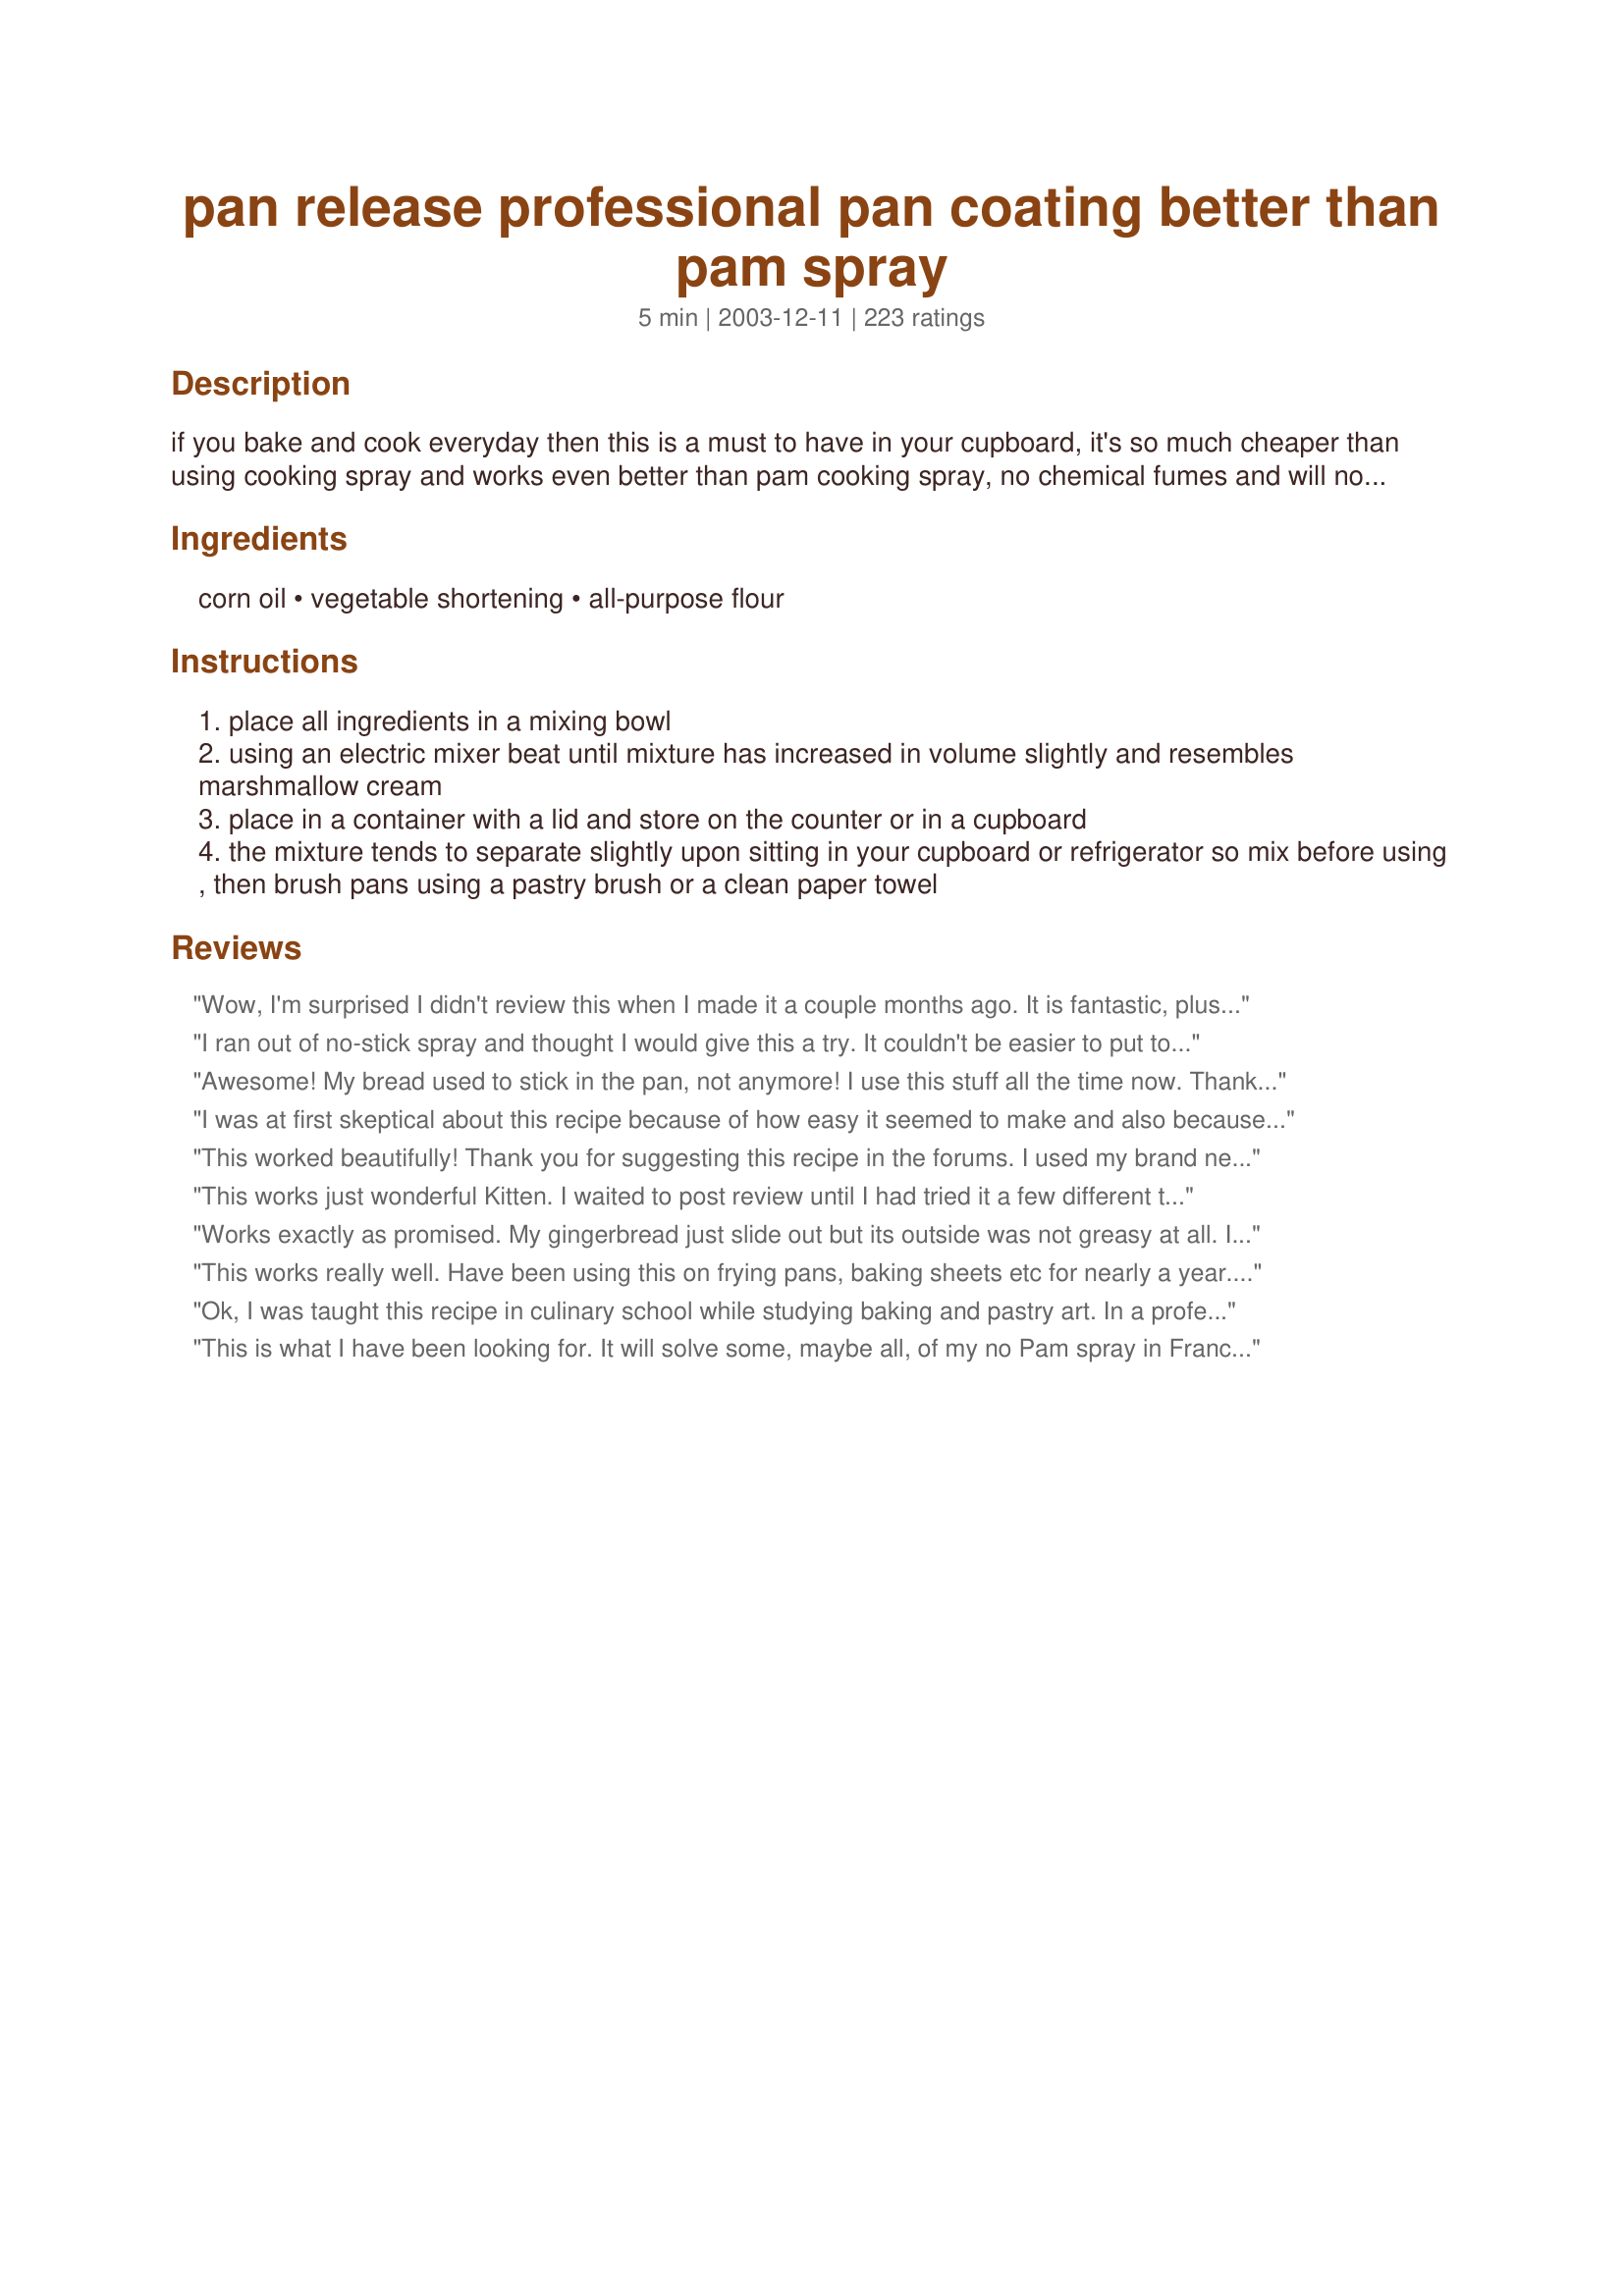
pan release professional pan coating better than pam spray
Preparation time: 5 minutes

if you bake and cook everyday then this is a must to have in your cupboard, it's so much cheaper than using cooking spray and works even better than pam cooking spray, no chemical fumes and will not leave burnt on black residue on the edges of your pans like cooking spray will and will keep forever in your cupboard --- for baking recipes using chocolate you may use 1/2 cup unsweetened cocoa powder in place of white flour or 1/4 cup each cocoa powder and flour --- this may be increased or decreased sucessfully just make certain that *all* three ingredients are the same amounts or the mixture will not work as well ;-)

Ingredients:
corn oil, vegetable shortening, all-purpose flour

Steps:
place all ingredients in a mixing bowl
using an electric mixer beat until mixture has increased in volume slightly and resembles marshmallow cream
place in a container with a lid and store on the counter or in a cupboard
the mixture tends to separate slightly upon sitting in your cupboard or refrigerator so mix before using , then brush pans using a pastry brush or a clean paper towel

Reviews:
Wow, I'm surprised I didn't review this when I made it a couple months ago. It is fantastic, plus it is a must to keep your non-stick pans gunk-free. I just got a new set of Calphalon non-stick pans for Christmas and they specifically say "do not use spray pan release." <br/><br/>Love finding a better way to do things!
I ran out of no-stick spray and thought I would give this a try. It couldn't be easier to put together and it worked like a charm. Thanks Kit!
Awesome! My bread used to stick in the pan, not anymore! I use this stuff all the time now. Thank you so much.
I was at first skeptical about this recipe because of how easy it seemed to make and also because mine did not "double in volume" or it didn't seem to. I still went ahead and used on a bunt cake I was making and the cake came out perfectly! I used it again for a bunt cake and again it worked! From these tries, this is a foolproof recipe and it is so easy to make with ingredients on hand.
This worked beautifully! Thank you for suggesting this recipe in the forums. I used my brand new sand castle bundt pan and there are many nooks and crannies. This is the perfect way to grease the pan. It does make a whole lot, so I wish I would've cut the recipe at least in 1/2, but I just put the leftovers in the refrigerator like you said.
This works just wonderful Kitten. I waited to post review until I had tried it a few different times for different food type's. Worked wonderful for all. So much cheaper and goes much further than the spray types that I go thru in no time as I do ALOT of baking. Thanks for a keeper Kittzey!~
Made for I Recommend~
Works exactly as promised. My gingerbread just slide out but its outside was not greasy at all. I put off trying this recipe because I worried that cleanup would be a mess. Actually the mixer and spatula cleaned up easily with soap and hot water. I have a feeling I will be baking more from now on. Thanks!
This works really well. Have been using this on frying pans, baking sheets etc for nearly a year. A disposable plastic glove is best for spreading it on. In the past I made a different mix: 1/4 cup liquid lecithin, 1/4 cup oil and 1/2 cup vodka to "non-stick" my cookware. Since the lecithin is not easily available and vodka tastes better with orange juice, I have switched to this concotion. Works just as well!
Ok, I was taught this recipe in culinary school while studying baking and pastry art. In a professional kitchen you would be hard pressed to find PAM type sprays. This stuff works better, is cheaper and won't hurt your pans. The brown goo from the sprays is actually the propellant that they use. A dark pan gets hotter, faster and can dramatically alter the results of you baking to the point of causing burnt bottoms and undercooked middles. I have never heard of the cocoa substitution, but it makes sense and I can't wait to try it.
This is what I have been looking for. It will solve some, maybe all, of my no Pam spray in France issues. Be sure to beat it really well, it changes consistency. I threw mine in the Kitchen Aid and let it go for a couple of minutes. Cheap, and so far, effective on every pan I have tried it on.
I'm not going to rate this because I figure nearly 130 people can't be wrong. But I wanted to say that I used this on a cookie sheet. I now have a cookie sheet that is a mess and it's going to take me forever to get it cleaned up. Where there wasn't food, this stuff is stuck on there worse than glue. Don't know if I didn't stir it enough first or what but thought I should warn others of this possibility.
this stuff is great!!!
I used it in <a href="/87629">Sausage Breakfast Muffins (OAMC)</a> after reading other reviews of the recipe sticking to the paper liners or the pan..so I tried 1 muffin with a liner (it did stick to the paper..ripped a good chunk off my muffin when pealing off the paper..1 muffin I sprayed with Pam..it stuck ..
the rest of the tin I used this recipe (that I had made a few weeks ago waiting to be used for something & this was it)
may I say I will never grease and flour anything again..I will only use this..
I stopped making layer cakes because I always had a problem with
a piece of one or another sticking and breaking while taking out of the pan..
gonna go dig up my pans and try baking a layer cake again using this..THANK YOU this stugg is WONDERFUL..give it a try..you will be AMAZED & VERY VERY PLEASED!!!
Simple to make AWESOME to use!! NOTHING and I mean NOTHING sticks when I use this stuff! My home made bread literally fell out of the baking pan. Thanks so much for posting as I will never but pam again. My non stick pans don't turn black when I use this like they did from the pam.
Excellent!
Probably don't need another 5 Star rating, but you're getting it anyway :) Terrific stuff. I used Butter Flavoured Crisco as that's what I had on hand. Thanks again Kitten.
Wonderful - works with any baking. I use it when I am kneading bread - just rub it on my hands and nothing sticks (it does feel a little strange). Thanks!!
Just used it on a cookie sheet when I was "frying" potato chips -- was awesome nothing stuck to the pan!
I just can't believe my eyes! This worked so much better than anything I have ever bought in the stores. I can't wait to use it again and again and again. I will never buy that store bought stuff again. BTW, I used GV (great value brand (walmart) generic vegetable oil and precreamed shortening) It worked great. I'm so happy to of found this recipe. Thanks for posting.
I Love it! I will never use anything else again. I even have some of the chocolate one handy.
I can't believe that I haven't reviewed this before now. I made it for about 3 times before I wised up and made a triple batch. There's nothing I can add to perfection! Thanks Kitten for sharing!
Amazing stuff, this. All the cakes made in pans that tend to like to hold half the cake in--like bundt pans--release easily. Woohoo! Thanks, Kittencal!
This is fantastic and just in time too. My GDs have asked for specialty pans for Christmas and I made up extra jars to give them. They're gonna love you! This is truly Pambegone! Made for the KITTENCAL cook-a-thon.
I really do not know how to rate this. The first time I used it, I brushed it sparingly on my pan and the cake stuck. I tried it again with painting globs of it in the pan and it worked perfectly. It does work, but I really do not feel comfortable putting that much in my pan. I think that the tried and true butter dusted with flour or the commercial spray works just as well.
I made this to use on your Recipe #202891 and it was amazing! The muffins popped right out without even having to go around them with a knife! The last time I made muffins they were destroyed because I couldn't get them out of the pan, even after generously greasing them with Pam. Thank you so much for posting this recipe, I'm sure I'll use it all the time!
Works perfectly. I didn't have paper cups and made this up in a hurry. This is so much better than anything I have used before.
Thanks so much for sharing this. It does a great job.
I absolutely hate using sprays; propellants and all! ICK! This is a great way to keep things from sticking when you bake. It was wonderful on the muffins I just made and the Chocolate cake I made for my mom over the weekend. I made up a batch with the cocoa for just such an occasion.

Thanks!
wow. this is an amazing trick. i didn't even have my bundt pan completely flipped over before my cake started sliding out. this is a lot more uniform than any cooking spray, too, and not to mention cheaper. thanks for posting this!
This works great! I have used it on quite a few things and made a few batches. I don't know about the keeping forever part though as I did pull a batch I had out of the cupboard to use after the hot summer months and it was moldy so i would be cautious about how long you keep it.
I always use Pam and it is getting a bit expensive and not really liking the aerosal can to much anymore. Gave this a try and love it! I used canola oil and Crisco with the flour and it worked great for us when baking for Christmas. Easy to put together and use, will even try this with cocoa powder for chocolate cakes like one reviewer mentioned. Thanks so much Kitten for posting this one! Made and reviewed for your Christmas Top 25 Recipe Tag.
I am never without this stuff! I start to panic if I run low. I keep it in a mason jar and it works beautifully. It is worth the few minutes to always have it on hand if you bake frequently.
Thanks for another great recipe!
I was recommending this to another chef, when I noticed I had not reviewed it. I am sorry for that, but, so glad you posted this recipe. It has saved me so much time and work, in cleanup, alone. I have used it for savory and sweet items alike. No taste to taint the item you want to bake, either. Thank you for posting this,
jim
Perfect!
This passed my hardest test, I have some really old mini muffin pans than usually only Pam allows the food to release with. I ran out of Pam so I tried this and was dreading it just assuming it wouldn&#039;t work. Well to my surprise it is wonderful. Not one muffin was ruined and I am super happy. I will use this always.Thanks for sharing.
I made this yesterday with cocoa instead of flour for my son's chocolate birthday cake. It was so easy to get into all the dents and bends of the character cake pan. I stored the rest in the fridge for the brownies I thought I was going to make today. Thanks
Works Great. I used to old fashion Trans-fat version of shortening.
Saves a lot of money compared to sprays.
Bob Gibson
This coating is great.

Thanks for a great baking recipe.

Bullwinkle.
I have never done it this way. My mother showed me to take a paper towel and coat a pan with shortening (room temp) then to dust the pan by shaking a bit of flour on it and shaking the pan so the flour sticks to all areas where the shortening was coated on with the paper towel. This is interesting for sure.
Oh God!! I have NEVER been able to take a cake out of my bundt pan in a single piece. It always gets broken in 2 or 3 parts, and the top of the cake gets stuck to the pan. This worked like a CHARM!! This deserves atleast 10 stars!! Thank you SO much for this Dory!
I've always used a commercially made pan coating, but when I ran out recently and can no longer get it locally I decided to try this recipe. I cannot tell you how impressed I was. I made Amish Friendship Bread in individual loaf pans and they just slid out of the pan. When I compare the price of making this to the price of the commercial stuff it's a "no-brainer" - I'll use this from now on. Thanks so much for sharing this recipe Kitten!
After the other reviews I was hoping for something special, but to be honest for me it didn't seem any better or worse than normal greasing of the tins. My non stick tins that don't normally stick didn't stick using this, but my muffin tin that tends to stick stuck just the same as usual.
I just made the cocoa version to use with "Whatever Floats Your Boat" Brownies and it worked perfectly. I ended up splitting what I made with my cousin so she could try it out. Definately a keeper!
I waited until I used this on several things before reviewing. The first thing I used it for was meatloaf. I was a little disappointed as the pan was hard to clean afterwards. I may not have gotten the pan coated good, because I have since used the coating for bread and bread pudding and the pans cleaned very easily. Thanks bunches Kittencal. So much cheaper than Pam.
This stuff is great and so easy. Thank you for another keeper!
I was SO impressed with how well this recipe worked. I brushed it on cookie sheets to bake some Indian naan and they just slid right off with barely a nudge from the spatula! What REALLY made me happy was the easy cleanup---hot water just dissolves the residue right from the pan and a little soap gets rid of it all--not like the baked-on mess of a nonstick spray! I would give this 10 stars if I could. Thanks so much for posting, Kittencal! :)
This works even better than the non-stick spray! I use it all the time.
I usually use just spray on my pans but some cake always sticks to the pan where I didn't get enough on it. My husband, who doesn't cook let alone bake, made his first cake for my birthday. He even floured the pan after he greased it. Well...I had to live with a lot of bragging about how his cake came out of the pan better than mine. A few months later it was time to make another birthday cake. There was no way my cake wasn't coming out of the pan perfectly. I knew there was a recipe to make it happen. I used yours. My cake came out perfectly with my husband standing next to me grinning like a cheshire cat. It'll be years, if ever, I live down the fact that his first cake came out better than my first 30. But it won't happen again. March 24, 2008 *added* I'm just about to make some more of this and I noticed that my stars aren't on my original review.
This stuff really does work! I used it for some brown and serve rolls and they came out so easily. I like to use a paper towel to grease the pans. Thanks!
Works really great! Will never buy PAM anymore! Thanks!
AWESOME STUFF!!! Thanks for another great recipe, Kittencal!
This is the only thing I use now, because it works! Thank you for posting.
Works like a charm! I keep a tupperware container of this in my fridge at all times now!
I&#039;ve always used the wilton stuff, but my local store didn&#039;t have any so I went in search of a recipe. This worked wonderfully! Two thumbs way up! And a fraction of the cost!
this stuff is great, i really like being able to make this, thanks kittencal.
Love, love, love this recipe! Thanks for posting!
WOW this is fantastic!..No more cutting wax paper circles for my cakes. Hurray.......What a time saver this is. I just baked two cake mixes using 8" cake pans and they all came out so easily I couldn't believe it. This will make it so much nicer to frost also as the sides of the cake aren't all crumbly. Thanks so much for another fantastic idea !!!Sue
This was absolutely wonderful! I will never buy the spray stuff again! I will always have this on hand!
worked wonderfully!
Fantastic. I had some terrible cookies that were spreading and sticking like nobody's business. Whipped this up and the next sheet of those hateful cookies slipped right off.
Have used this for years, it is great. Cakes come right out of the pan with ease. Thanks for posting.
Fantastic! I'm a convert. My hubby's birthday bundt cake turned out perfect. Thanks so much for sharing!
Good stuff, works well in my kugelhof and other fancy pans. And I have no more burned on Pam, which is the very devil to scrub off. Kittencal, thanks very much for sharing. Janet
I've used this "pan grease" for years.I usually make this using 1 cup of all of the inredients. I store mine in the fridge for less mess. You can't go wrong with this one! :)
This stuff is incredible! I made a batch yesterday and tried it when I made hot dog buns. The buns just slid off the pan, and no more icky stuff remained on the pan to scrub. Thanks so much!<br/>I'll never go back to the spray can.
As many other posters have said, "Where has this recipe been all my life"? I used this with Kittencal's Recipe #265826 and the chocolate chip bars came right out ~~ no having to pry around the edges with a knife and then praying that I can get the first one out without it breaking up. I will definitely use this coating going forward. I especially look forward to not having to flour cake pans ever again! Thanks for posting!
I have been using this for over a year, and haven't missed store-bought sprays at all. I used sunflower oil and coconut oil. I use it for everything from cakes and brownies to casseroles. I don't think I can or will ever use a spray again!
Ditto on all the other comments! I cut the recipe in half and put it in a metal butter dish with a lid. Works like a charm for any baked goods. It doesn't totally replace my Pam, but I am finding I am reaching for this more than I am for the spray! Wonderful idea, Kitten!
I wish I had found this years ago. I had a bundt pan that was very decorative and no matter what I did I could never get the cake out without ruining it. Too bad I chucked the pan in the garbage because I bet this would have worked wonders. I have used it several times now and nothing is sticking. Thx so much.
Wow! This does work! Thanks!
Update: I tried this on my cast iron skillets also, and I love it. Thank you again!
So Awesome! I used this with your blueberry muffin recipe and it worked like a charm. Thank you so so much. I hate spending $$$ on Pam lol. You just won me over to this stuff. Thanks for the awesome recipe that will save me money in years to come. This is the coolest recipe I have had in a really long time :D I feel like I discovered a top secret recipe haha. Thanks again.
What a wonderful idea!! I love this! I will be passing this on to everyone!
This stuff is absolutely incredible!! I'm one of those who always had to grease then line with wax paper to ensure a clean release. But now, again and again I can just swipe my pans with this and not even give it a second thought. I thank you so very much!
I used this on 9 inch baking pans for a cake I made. The cake released ok but there were a few spots on the bottom of the pan where the cake did not release.
I LOVE THIS RECIPE! I have a pampered chef bundt pan that i could not seem to get to season; everything stuck to it! I used this and my cake just flopped right out! i love it & have a batch on hand in my cupboard at all times.
Awesome! Even yeast breads come right out of the pan without a hitch. This is a great trick, and I have recommended it highly! Keep a batch on hand, & give some to your foodie friends to try. Thanks again Kittencal!
the BEST! I've been making this for years and keeping it in the refrigerator (where it keeps forever).
Kittencal, I've come to know that any recipe from you will be a winner, but this one is over the top!!! It was so quick and simple to prepare. I put it to the ultimate test immediately. Used my silicone basting brush to apply this mixture to my Bundt pan for a 7 Flavor Pound Cake (#24612). The cake came out without leaving a single crumb in the pan. This is far superior to any commercial baking spray I've tried. Will be using it next week for all my Holiday baking. Thank you so very much!
I made this a few days ago. But I just tried it tonight and it worked purfectly. Thanks for the recipe. 
~Chris~
This worked great today for a batch of brownies. I made it with flour instead of the cocoa powder and it didn't leave any flower-y residue on the brownies. I don't use commercial sprays and have always done the two-step grease-and-flower technique, so I look forward to having this on hand!
Great Stuff. I used it this weekend and my cakes practically fell out of the pans. I will always use this from now on.
I will never buy pan coating again! This economical recipe works better than store bought. I bake alot of cakes and previously bought pricey Wilton Cake Release. Kittencal's recipe works sooo much better and is sooo much cheaper. Kittencal, you've hit another homerun with this one! I love your recipes and this one is a keeper! Thanks!
Ditto!
This magic mixture makes my madeleines practically hop out of the pan, as long as I remember to remove them while they are warm. It doesn&#039;t leave a &quot;puddle&quot; in the bottom of the mold like melted butter or pam spray does, and I don&#039;t have to sprinkle with flour. Works great on cakes and breads, bundt pans, loaf pans, muffin tins, etc. etc.! &lt;br/&gt;UPDATE: I have read a lot of reviews of unsatisfied users who tried it on cookie sheets and it burned in the areas the cookies weren&#039;t. Please use parchment for cookies - it changed my life! This mixture is best for cake pans and muffins, casseroles - anything that is totally covered with food. Though I must say I overspread beyond the little shell shapes on the madeleine pans, and it didn&#039;t get burned or even brown. Good luck!
I wish I had this years ago, I have ruined many cakes because of cooking sprays being too thin or only spreading margarine and not dusting with flour - this is a great concoction!! Thanks so much for this!!! Plus it saves me on parchment paper!
I just made the Heavenly Chocolate Raspberry Bundt Cake and it popped out. No problem!! This is a keeper!
Works Awesome! My Mom loved it too!
This recipe seems awesome for all baking needs, but has anyone used it to cook? I have having to drench my skillets with oil or butter to cook my meats and veggies. Does anyone know if this is good for regular cooking? Thanks!
Love it! I used to buy Wilton Cake Release at $7/bottle - this costs about $1 for a similar amount. And it works just as well, and smells better, too! Thanks, Kitten!
This works! I used 1/2 corn oil, 1/2 flour and 1/2 fitini (vegetable shortening available in Greece) I am now finally using some gourmet muffin tins, which had been sitting in my cupboard for years, because I can finally get the muffins to slip out easily and don't have to spend hours cleaning the tins. Thanks Kitten, this recipe is the most useful I have ever found.
I've noticed that every review these days rates 5 stars, even if you hated the recipe. Please know that this is worth 5 all the way! Last week, I made a recipe for crustless quiche cooked in a mini-muffin pan. It tasted great, but I had to dig the stuff out and it all crumbled. But then I remembered this 'recipe' of Kitten's that I'd been meaning to try. Made the quiche/muffins again, and every single one came out beautifully. As in 'whole'. Isn't Kittencal amazing??
Oh thank GOODNESS I "re-found" this. A couple of years ago I found this...2 years ago I believe and I made it, but then my computer crashed and being since I had it saved to a notepad file...I didn't have it anymore =[ ..Now that I know I can save recipes on Zaar without having to copy paste to notepad I'm in HEAVEN, lol. I told EVERYONE about this stuff, it was AMAZING! However I wasn't able to share the recipe because of my computer crashing, Thanks for postin' this KITTENCAL, it's good stuff & a keeper in my house 'fo sho'!!!!
this is alot like the wilton cake release stuff i was paying 4 dollars for a small bottle thanks soo much ! i will be making this a lot
I can't wait to make this and use it!!
I love this stuff !!! and it is well used in my kitchen. Thanks for posting
Thanks so much for the recipe. I will never buy PAM again. As a baker I tend to go through sprays quite rapidly. I did use Crisco Butter flavor shortening to give it a buttery flavor.
This is amazing!
I cut ingredients in half with good results.
I have used it in aluminum pans and also my stoneware that is not quite seasoned yet.
I will add this to my "BEST OF ZAAR SO FAR" cookbook.
Thanks for your expertise!
KCShell
In recommending this to someone I realized that I never rated this... so very sorry! This is amazing stuff, I absolutely love it! Very easy to put together, really thrifty and works great. I use a silicone pastry brush to apply and it spreads very easily for me.
5 Stars, this worked like a charm, as recommended by many on http://www.recipezaar.com/bb/viewtopic.zsp?t=272915. I greased the 13x9 pan with this for Kittencal's delicious Recipe #96019 #96019, and the cake drew away from the pan walls. It was a cinch to cut a clean slice. Thanks to all who pointed me to this recipe, I shall keep this handy.
I tried this for Recipe #255053 and it worked wonderfully. For those (like us) who don't bake often, this recipe is easy to remember with equal portions of shortening/oil/flour, so a tsp or so of each ingredient does the job perfectly on an 'as needed' basis thereby eliminating the storage, thaw, and stir often issues to maintain consistancy when made in larger batches. Bakers Joy cooking spray, although more costly, is, for us, so perfect in application, stores easy, and no fuss. This recipe will serve as a great standby when we're out of the spray. And for this recipe, we definitely like using a paper towel vs. a pastry brush... less cleanup! Thank you hon, for a great standby recipe!
Made this and have been using it all summer and fall. Great stuff.
Works like a dream! I made muffins tonight and used this coating and they popped right out of the pan.
What can I add? I made this because I was out of the spray and it worked like a charm on the loaf pans I made pumpkin bread in. Thanks so much...this will be a money saver and a clean air saver (I hate the mist the spray leaves in the kitchen!).
This works so well! Thanks Kitten.
I love you. Doesnt get any easier or any better than this I bake a lot of charachter cakes and havent had a single 'cake stick disaster' since I started using this. A thousand thanks.
Always looking for a way to save a few cents, here and there. I no longer have to purchase Pam cooking spray. I now make my own, using every day pantry items as ingredients. This works great! Thank you, Kitten for sharing!
I was a Pamaholic. No longer. This stuff is wonderful. I like that it can be kept in the pantry/cupboard. The jar is where The Can used to sit to help break my Can habit. No more sprayed chemicals in my pans. For me a traditional pastry brush worked better than the silicone brushes. The stiffer bristles seem to coat better. Thanks kitten for another winner!
Awesome !
I use this all the time and was sure I reviewed it! Oh well, I'll happily review this again! I *love this* !!!! I use this to coat my crock pot and never have a problem with food sticking. You can use this for any baking pans and never worry again! This is a wonderful pan coating! Make sure to keep both versions on hand! Thank you Kitt!
This is wonderful! So far I've used it only for baking bread, but the loaves slide right out of the pan. I plan to make a cake with it next. Thanks.
This is da BOMB! I won't use anything else. It lasts super long in the cabinet. Thanks Kittenkal!
This is just what Pampered Chef recommends to use to 'season' your PC stones the first few times. Works great but I still like the convenience of the spray.
Who woulda thought?!? Amazing!
Not impressed. I made a batch of macaroons and used this on my pan as macaroons are notorious for sticking to baking sheets and even parchment.
 Did not work well. Cookies stuck just the same as if you used a spray or a piece of parchment.
 Will try again with another recipe and then will "star" it .
Update: I have since used this to grease bread pans, square pans and pans for cooking casseroles and other meals. I have found that it just does not work as well as the commercial spray. When I made bread, I had to run a knife along the loaf to release it from the pan, NEVER happens when I use spray. I prepared a batch of lemon bars for my daughter and used this recipe to grease the pan, and the squares stuck to the pan all along the edges, what a mess. I managed to salvage a nice plateful for her anyhow. Had to do a lot of cutting though. It really does not work well with baking, perhaps better for meals.
 Sorry, just being honest, but thankyou for the post.
Pan would never work for my intricate design bakeware. This pan release is fantastic! I keep a container of it in the cupboard and just use a sharpie on the outside so I know what it is. I am about ready to make a second batch it works so well. Still use my Pam for frying pans but never for baking. :)
Oh my God! This is the greatest idea ever. I've always had problems, especially with bundt cakes. This is absolutely amazing. My bundt slipped right out. Thank you!
Fabulous!
This was amazing!!!!!!!!!!! I made a banana nut bread and used your pan release and it just popped right out, no muss no fuss it literally jumped right out of the pan, and clean up was a breeze, oh did I mention it was easy to make, but you already knew that. I wish I could give you more stars for this fantastic pan release, this will save a ton of money in my house thanks so much for posting this it was a life saver.
The first time I used this in a bundt pan (teflon coated) the entire cake stuck to the pan - I've never had that problem before - but I didn't ditch the recipe. I immediately made another cake, but this time applied it with a paper towel, instead of a brush, then sprinkled on some sugar - POW, the cake slid right out!! Can't figure out what happened the first time - but I NEVER give up on a Kittencal recipe!!!
i've used this a few times and it didn't work for me at all, all my baked goods stuck to the pan and were much darker around the edges than i would like. Maybe it works if you use more than i did but i can't in good conscience add that much extra fat to my food. sorry.
Awesome is all I can say- a must have for the baker ! Love it !
I was skeptical, but now I am a believer! I halved the recipe to just try it out and it got me about four cakes (bundt pans). I am about to make my second batch...I love it! Thanks for posting this great solution to greasing and flouring pans.
This stuff is amazing. I have an old pizza pan that I was going to throw out because everything sticks to it, but not when you use this stuff.I will be using this from now on. Thanks for the recipe.
Great stuff! Not much I can add that hasn't already been said. While Pam has always worked for me I am so happy to have such an easy recipe made up and ready to go - no more empty can surprises happening here with this pan release in my fridge.Thank you will be passing this recipe along to family and friends.
This far surpasses any of the spray type no-stick products -- even the ones containing flour for use in baking. Good-bye Pam, Mazola and all your ilk. I've found a better way.
This is the best recipe I have ever found for anything! I love this stuff beyond words! I keep it in the fridge and use it frequently. Thanks for this recipe.
I made the version for a chocolate cake, it was beyond perfect! I will never use Pam again. Thank you.
This works really well - I mixed it together today and have already used it twice! Thanks so much for the great recipe! Made for Best of 2010 Tag game
After all these glowing reviews, I hate to be the damp sponge. I made a batch of pecan pie cupcakes to take to a party a few nights ago. In the past I've used baking spray to make these with no problem. I was out of baking spray this time and figured I can't go wrong with this recipe. Well, I was wrong. The cupcakes stuck worst than anything and I ended up with pecan pie crumble (it was still delicious). I'm going to give this one more shot using a half cup of each ingredient and using my kitchenaid mixer. I will review it again then.
I just whipped up a batch with flour and a batch with cocoa powder. Super easy and it works. I made a German chocolate cake and when it came out of the oven, it was separated from the edges of the pan perfectly! Love it!
KITTENCAL, this stuff is the best!! It is so convenient to have around. I should have reviewed sooner, but it is really standing out for all the holiday baking I do. Once you have it made up, you just brush and you're good to go! Thanks so much; you're an angel!
I have been using this Kittencal recipe for years but just realized I never left a review. I always keep a small batch (1/4 cup of each ingredient) made up in the fridge and use it for everything! Casseroles, quick breads, cakes &amp; muffins. It makes whatever you are baking come out of the pan easily &amp; clean up is super slick!
I know that this doesn't need another review, but after popping my most recent cake beautifully out of it's pans...well, I had to say THANK YOU SO MUCH!!! I've done the make it chocolate colored for chocolate cake & it worked great for that too. Thanks for sharing this brilliant idea. I also live in Florida so it stays in the fridge, but that doesn't seem to change a thing in it's effectiveness.
How much easier and cost conscious could this be? I have been flying, I mean flying through cooking spray. I was perplexed by what "they" could be doing that was so increasingly $$ to make cooking spray so costly. I am so happy Kitten you made my life easier, wiser, and certainly a cost savings beyond belief. Man, everything in pantry, put together, poof, a good coating without the cost. Perfect! Thank you as always, dear Kitten. Made for you. Dec. 2008
Kitten, this is brilliant! I don't think I'll ever mess with those expensive spray's anymore (which are probably really unhealthy anyway) The last time I made popovers (which I LOVE) I ruined my pan trying to get them out. I used butter to grease my pan but they stuck anyway. I just wrapped a little waxed paper around my fingers (Which is what I alway's do) and greased my pan with this, then tossed the waxed paper. I used this last night to make my popovers and they just slid right out of my pan. AMAZING! Thank you so much for sharing this!!!
Works great, but how long will it keep? I keep mine in the fridge.
Wow. Just wow. Made some muffins that expanded a bit more than planned. They popped right out of the pan, no problem. This is great stuff!
DON'T THINK I'M SCREAMING IN A BAD WAY.. JUST WANT TO DRAW EVERYON'S ATTENTION... In HOT HUMID weather you don't keep this in the cupboard..... Put it in the refrigerator and you will NOT have a problem.. Hope this is helpful.. I'VE BEEN MAKING THIS FOR 2 YEARS AND HAVE NEVER HAD IT MOLD OR GO BAD..
I used something similar to this in the past, the only difference is I would put the oil on the pan then the flour, the flour would then come off of any cake or brownies I was baking & I hated it. Well this solved that problem, it worked perfectly - thank you very much.
I have been looking for this recipe and thanks to the last reviewer I found it! I couldn't remeber what it was called. I got this recipe a couple of years ago on another site. Thank you, Thank you, Thank you!!! Works Great!!!
This stuff is amazing!, much better than anything I have used in the past! I used to have trouble getting my bundt cakes out, not anymore. nothing sticks now it's fabulous! thanks Kitty
I whipped this up using the end of my crisco and equal parts of the other ingredients. Put it all in a canning jar and now I have it on hand whenever I need it! I used it to coat some muffin pans to make some tarts and they all but slid right out! I'll be using this for now on!
Absolutely fantastic! My Banana Bread came out fabulously intact. Thanks!
I'm really enjoying using this. My muffins slid right out of the pan this morning. Thanks so much.
This is so cool! I cut the recipe in half, and it made just the right amount for our use. With the Holidays fast approaching, I know I will appreciate this clever recipe. Thanks so much for sharing. Nick's Mom
This works! What else can I say. I'm so tired of loosing half of my muffins to the paper liners. Now this will not be an issue. Looking forward to doing more baking.
Amazing mixture. I used Crisco vegetable oil and shortening with the flour. So happy to find this to use instead of using those cans of sprays with 'butane' listed on the can! Will try adding some cocoa to the mixture I have already made for chocolate cakes as suggested by another reviewer. Thanks for posting such an excellent recipe. Update September 30, 2006: I used this mixture today to lightly grease the grating blade on my food processor to grate the cheese for macaroni and cheese which made the blade easier to clean. It is also good for greasing a scalloped potatoes dish. Having terrific success with this mixture.
Talk about easy clean up! :)

Amen and hallelujah...I'm a believer! This release has the consistancy of a soft whipped frosting...looks like it, too. Very effective AND economical.--UPDATE--I've been waiting to use this on my most intricate bundt pan that almost never releases. See Kay Demonbren's Recipe #97011 picture...perfection!
Wow it works what a great and easy idea. No more melting butter in microwave and clean up. Now I just dip a brush in a jar any time I need. Thank you.
We donÂ´t have this in stores. This was great!! Thank you so much for this recipe
This is great! I used it on my cast iron griddle for pancakes this morning and it worked like a charm. I like that I can easily make it at home and it doesn't have so many chemicals. Can't wait to try it when I make muffins shortly!!
As if this really needs another 5 star review..... I whipped it up today and used it right away to grease my cake pans and it worked wonders! The first cake came out without a hitch, however my second one got a little stuck but I am positive it was probably undergreasing on my part or the fact that it was a brand new pan and hadn't been broken in yet so to speak. Much easier than flouring a pan which I am terrible at only to then have ugly white flour all over the sides of your cake.
it works everytime! nothing sticks and makes cake decorating simple.
Unfortunately I didn't care for this. It was the grainy consistency of the mixture<br/>that I was put off by. It's too difficult to explain really. So sorry just not a good recipe "fit" for me.
This works great! I just mix up a small batch (2T. parts) by hand when I need it. The cake just drops out of the bundt pan - it's fantastic! When making chocolate cake I use cocoa instead of flour.
I have to agree, this is way better than Pam! This does not leave that icky brown gunk on the unused part of the pan or cookie sheet like some of the sprays do and it definitely releases with ease. I make this all the time and keep it stored in the fridge in a container then scoop out some to thaw (soften) while I an mixing up my batter. I then brush on the softened mixture to my pans, voila! Works great every time. Thanks so much sharing!
Nothing sticks...wonderful!
I cannot believe I forgot to rate this! I have used this several times, even though I would say I don't bake a lot! I made 1/2 of the recipe and keep it in my fridge! So quick and easy, not to mention, IT WORKS! I have passed this on to a few people! Thanks DoryJean54!
A wonderful Southern lady who always had the right cooking & baking answers gave this super recipe to me many years ago. I didn't know of the 'chocolate-version', but I can tell it would work great too! Every cook should try this at least once, they'll never use cooking spray again. It keeps 'forever'.
I just used this in my supposed no-stick bundt pan and the cake slipped right out. YEAH!! I did change it slightly to make it gluten-free by using rice flour instead of wheat flour. Thank you X 1000 Jill
Except for a few crumbs, my cakes came out of their pans with only ONE slap on the bottom. What could be better?
works like a charm!!!
Thanks Kitten..you never seem to disappoint!
to yellow lab lover...you really just brush it on using a pastry brush..you don't use alot
Works great! Better than Pam or even crisco and flour! I'll use this again.
Worked great. I have a bundt pan with deep groves which were hard to get the mixture in. I cut the natural basteing brush bristles to one inch. It made them stiff so it pushed the mixture in every nook ane crany. My cake came out...like never before. Thankyou.
This deserves a GAZILLION STARS! It is the best stuff since sliced bread!1 LOL. Baked good practically fly out of the pan! Thanks for sharing! Ingrid/Koechin
Wow! This stuff works great. I'm so glad I came across it. Made it for "best of 2008" game. Thanks for posting. :)
Lovely! I love that I don't have to get my hands dirty anymore! I just use my silicone pastry brush and "paint" my pans. I used this on my bundt pan for a chocolate cake. There was no ugly white gunk on the outside of the cake and there was no icky flavour left behind either. Thanks so much for sharing!
This stuff is awesome! Nothing sticks anymore, bundt cakes, muffins...nothing sticks. I keep this in the cupboard all the time now. Kittencal you deserve a medal! Thanks so much.
This recipe is a wonderful thing, KITTENCAL! I, too, always have this in my cupboard since I found your recipe. I agree with everything all the reviewers have said. Thanks for submitting this very helpful recipe!
I made this for Zaar Stars. I think the original review didn't show up, as I made this awhile ago. I have had it in the cupboard and it hasn't separated or anything. Used a trans fat free shortening. Very easy to make. Used it for some muffins and worked pretty well. I think it sometimes depends upon the type of pan used. Some need more greasing than others.
Wonderful stuff! Works MUCH better than traditional sprays including the one with flour (Baker's Secret) I was making recipe #61081 and some reviewers mentioned that the muffins stuck to the pans. Mine popped right out after using this no-longer-secret weapon! How did I ever live without it? Thanks so much for posting this!
A long time ago my mother and I took Wilton cake decorating classes at our local Montgomery Ward store. Our teacher gave us pretty much this same recipe and my grandmother has used it for her cake baking for all these years. I made this to use for a 9x13 cake but I plan on using it on some of my intricate bundt pans. I'm sure it will work loads better than Pam does on the bundts. Thanks for posting!
I have nothing else to add to the many reviews, other than it simply works like charm. :)
This is great stuff! Next time I'd like to see if my organic shortening will work as well, because then I will truly give up my Pam spray for quality control over my ingredients! Thanks, Kittencal! Made for <b>Zaar Stars</b>.
This really works.. I have been baking all day and not ONE thing stuck to the pans. FANTASTIC recipe. Thanks so much. MaryL
Works like a charm! Thanks!
This is wonderful, used it for breads, quick breads, muffins and cookies so far. Can't say enough about it. No Sticking. All ingredients in my cabinets. Definately a Keeper.
This is a new found staple in my pantry. I used it in a few casserole dishes and they washed up beautifully. No need to use a pot scraper. Thanks Kitten for this amazing recipe.
I have been using this for about a year now. Not only does it work like a charm, I don't have to deal with the sticky residue Pam leaves all over your baking sheets. This is a staple in my cupboards, it REALLY REALLY works, and costs pennies. Thank you Kitten for a great posting
I made up two batches of this today. First, I made one as written. Then I realized that I was making Brownie Bites so I made up another batch using cocoa powder instead of flour. It worked beautifully on my mini muffin pans. No more PAM for me.
it works
This stuff works great on anything when your baking! I will use it from now on, as it is definately a guarantee that there will be no sticking going on here! Thanks for posting it for us Kitten! Milt
Like this stuff NEEDS another five stars! Everyone knows- it's AMAZING! I had it saved in my cookbook and finally got to make it and use it tonight when I realized I was out of muffin cup liners. NEVER AGAIN will I buy spray (or need liners!) I made a muffin with a streusel top and the bit that overflowed (brown sugar and butter, c'mon!) washed RIGHT OFF! Absolutely awesome. Thank you, thank you, thank you!
This stuff is great!!! I made it to use for my holiday baking; I make a lot of bar cookies and some are ooey gooey and stick in the pan. This worked so well that they were coming out of the pan while I was trying to cut them!! Will use as my new non-stick ingredient!
This stuff is AMAZING! I have been baking in all my "less than favorite" pans just to find one that it didn't work in and guess what....it had worked in ALL of them! Even the Nordicware fancy bundt pans..yep the cakes just slide right out! Love it! Thanks Kittencal! I love love love this stuff! Sometimes I make it with butter flavored Crisco and I love it that way too! UPDATE: This is so perfect in my Pampered Chef Stoneware! I always had a problem with the bundt pan...well cuz frankly I am too impatient and turned the pan over too quickly...not a problem now..the cake just falls right out! I LOVE this stuff!
I love this stuff! Have used many, many times. The batch I use now has been mixed up for 8 months. Thanks!
I don't know why I have not try it earlier. I should have :) Cause it's wonderful. It's so easy to remove when washing the dish. Thanks Kit :) Made for Zaar Star Game.
This was so easy to make. I don't buy PAM but instead usually coat the dish with a light layer of butter. I like this method better! I think I'll stick to baking cups when baking things with chunks in them, like chocolate chips and blueberries, but I will use this for all the other baked goods!
This works great, easy clean up, I will never buy spray coatings again. I have passed this recipe on to several friends , they are pleased with this recipe as well. We thank you kitten.Update 9-10-10<br/>I am still using this recipe it is great, this is the only one for me. Thanks again Kitten.
AWESOME. So much simplier, healthier then PAM. I should have known this would work out so well coming from Kitten.. Thanks again for saving me a trip to the store!!!! This works well on rising bread pans too.. ( afterthought was why I needed Pam)
So easy to make and works like a charm!
I never write reviews for anything no matter how good. This stuff is absolutely amazing! I&#039;ve never had anything release so well. I used it on a glass baking dish and a non-stick muffin pan (which by itself isn&#039;t all that non-stick). The muffins didn&#039;t rise but they slipped right out of the pan. I hate using sprays because of the residue and using crisco or butter and flour is a mess. I used my old brush and it was so easy to get into the muffin pan corners. I actually can&#039;t wait to use it on a mini muffin tin.
Wow, wow, wow. Where has this amazing solution been all my baking life!!! This is dreamy. So easy to assemble, store and of course to use. Everything slides out of the pan and no more fears of stuff sticking, especially a cake that is for guests:) I rarely flour pans which is better for removal of baked goods. This solution has it all and cost less than buying the baking spray AND it will last longer. I made half the amount which should last me through the holiday baking season, my guess is btw 4-6 months.

Thanks for posting this!!!
I am going to make this as soon as I finish here. Pam has let me down the past few months. Cakes, brownies, pies have all stuck. Like many of you, these are recipes I have used for years. Thank you all for sharing this mix and stories with us!
Awesome recipe! What sold me was "no black residue on pans". I HATE that! I hate the cloud of fumes & especially the chemical smell emitted from store-bought sprays. I've used several name-brand sprays & this recipe is far superior to any of them. I'll be making the chocolate version real soon. I used this for Kitt's recipe #78544 that I baked in my oldest, scratchiest, always sticks bundt pan. And only one tiny, 3/4 inch spot stayed in the pan. Now I know my good pans won't stick at all. I will never have to buy a spray can again! Thanks so much Kitten! Made in John's memory.
I thought I already rated this, but I didn't! Been using it for several years now and let me tell you, when my lemon bars came out without a hitch, I was sold! I double the recipe and keep it in a sealed glass jar....lasts forever and works every time.
great recipe !!!!!! thank you for sharing
Love this! I have been using this for quite some time now. I will not be buying the sprays anymore because I already have all the ingredients on hand. Thanks for a great recipe.
AWESOME!! I can even make cakes in those decorative pans with PERFECT DETAIL!! NOTHING IS BETTER!! Thank you for this JEM!!
I wish I could press the button twice and give you ten stars. Where have you been all my life ?? I knew the professionals had something better to work with, and now I have it. 
Dinner rolls pop right off the pans, and the coating is easily removed with hot soapy water. If I had to name the #1 recipe on 'Zaar for me, this would win hands down. Thank you so much for posting this.
I can't tell you how long ago I saved this with the intention of making it and just never seemed to get around to it. What was I thinking!!! Made it yesterday and it's a miracle - I love it and this will not disappear from my shelves again. As a matter of fact, I'm making a second batch today for my DD's house. I love the "no chemical smell" and it feels so much better and easy to prepare when mixed in my KA. Thanks so much for posting.
I don&#039;t &quot;THINK&quot; I could add much more praise than is already here, BUT, this concoction is THE BEST!! No more cooking spray for me. ; ) Kitten, You are truly AMAZING.. &lt;3
Another great review here...it's really pretty amazing how it whips up, just like you said it would! I like having this around as I never buy anything spray. Thanks Kittcencal!
Love IT! Have been using this recipe for nearly 20 YEARS. I use 1 T measurements and it's always plenty, even for 2 half sheet cake pans. FYI: Remember that all cakes will stick if left in the pan too long.
Great stuff! saved me tonight when my daughter informed me that she needed 30 cupcakes the next day. I had everything but tin liners and gave this recipe a shot. <br/>Everything turned out great! Thank you for saving the day!!!!
WORKS LIKE A CHARM!!
brushed it on the pan which i used to make cheesecake cookies and wow! the cookies after cutting came out perfect, not a thing sticking on the pan. WILL DEFINITELY USE THIS OVER AND OVER AND OVER AGAIN!
It did the job, my muffins came out fine - but they do the same with the professional pan spray I get at the business Costco, which is faster then brushing this on. I want to try this on my cast iron cornstick pan -if the cornbread comes out clean - it will get a 5th star. Made for ALL YOU CAN COOK BUFFET - SPECIAL EVENT! Tag
My cakes came out of the pans PERFECTLY! Not one crumb was left stuck to the pan! I will never use another cooking spray again.
The absolute best!
I found this mixture to be amazing! And, easy to use. However, I make two differrent kinds. The one with flour, and one with cocoa powder instead of flour for use when making chocolate cakes. (YUM!)
I have this very pretty bundt pan with rose and leaf motifs on it. Fond as I am of it never once have I been able to salvage a cake coming out of it except with some clever camouflage icing. Tried your pan release coating with cocoa powder instead of flour and the cake virtually slid out. No poking or nudging required at all. I can't tell you how big this is and how super excited I am. Thank you ever so much for another lifesaver.
I now use this for everything I bake. It is especially useful for the newer bundt pans, which are more intricately detailed. Thank you so much.
I make something similar, except I add an equal amount of cornstarch to flour to oil to shortening. I have used it for years and love it. Use in in all kinds of fancy cake pans and no problems.
I have used this mix for years. Absolutely it is the best tool for great looking cakes.
I have using this for 4 different cakes now. 2 huge sheets, and 2 wilton cake forms. It works GREAT!
I'm in love! Where have you been all my life. I'll be keeping some of this pan coating on hand from now on.
Awesome! My cakes literally FALL Out of their pans now. I need to quadruple this recipe! It went fast =) Thank you so much Kittencal!
Perfect release! My muffins and breads come out of the pans beautiful. Thanks for sharing the recipe Kitten!
I used this for a Bundt cake & the cake fell out onto my cake plate! This stuff is fantastic! I used canola oil and butter flavor Veg. shortening because that's what I had in the pantry. Thanks for posting this.
Thanks for this recipe, Kitten! I made my first cake with it and there wasn't a crumb left in the pan.
This is a great recipe! I brush it on the pans with a pastry brush. Cakes just fly out of the pan.
You are so my hero!!! This stuff is amazing!! I never thought I would be able to use my detailed pans from Williams Sonoma anymore because no matter what I used, the cakes always stuck to the pan, ruining the design. Until now!! This works like a dream!!
Very good recipe worked wonders.
Cheap, easy, and slippery! Used with clayware and released wonderfully.
I used canola oil, crisco, and all purpose flour. The first recipe I tried it with was recipe#73740. Even though the mixture is white, the chocolate cake had NO white on it as it would have if the pan had been greased and floured the old way. The cake slid right out of the pan with ease. I'm thrilled to have this in my cupboard for all of my baking needs! Thanks for a winner Kitten!!!!!
